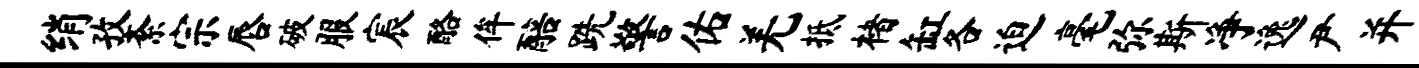
绡孜紊宗唇破服宸酪侔醅跣警佑羌抵楮缸各迫毫弥斯净逸尹并